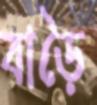
বাড়ৈ